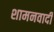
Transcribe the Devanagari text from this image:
शामनवादी